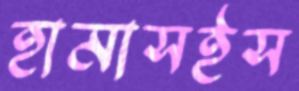
হামাসইস